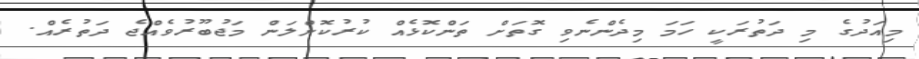
މިއަދުގެ މި ދަތުރަކީ ހަމަ މިދެންނެވި ގޮތަށް ތަންކޮޅެއް ކުރުކޮށްލަން މަޖުބޫރުވެއްޖެ ދަތުރެއް.